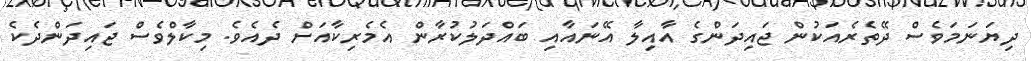
ދިޔަނަމަވެސް ދޭތެރެއަކުން ޖައިދަންގެ އާއިލާ އޭނައާއި ބައްދަލުކުރާން އެމެރިކާއަށް ދެއެވެ. މިކާލްވެސް ޖައިދަންދެކެ